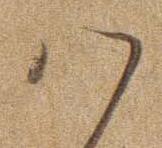
は